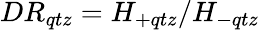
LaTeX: \textit{DR}_{qtz}=H_{+qtz}/H_{-qtz}